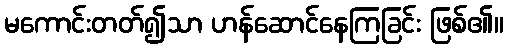
မကောင်းတတ်၍သာ ဟန်ဆောင်နေကြခြင်း ဖြစ်၏။